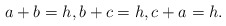
\begin{align*}a+b = h, b+c = h, c+a = h. \end{align*}